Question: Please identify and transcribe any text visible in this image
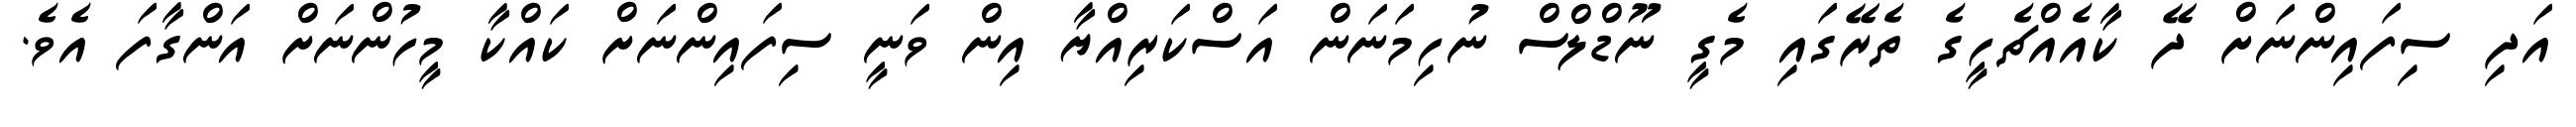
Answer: އަދި ސިފައިންނަށް ދޭ ކާއެއްޗެހީގެ ތެރޭގައި މެގީ ނޫޑްލްސް ނުހިމަނަން އަސްކަރިއްޔާ އިން ވަނީ ސިފައިންނަށް ކައްކާ މީހުންނަށް އަންގާފަ އެވެ.